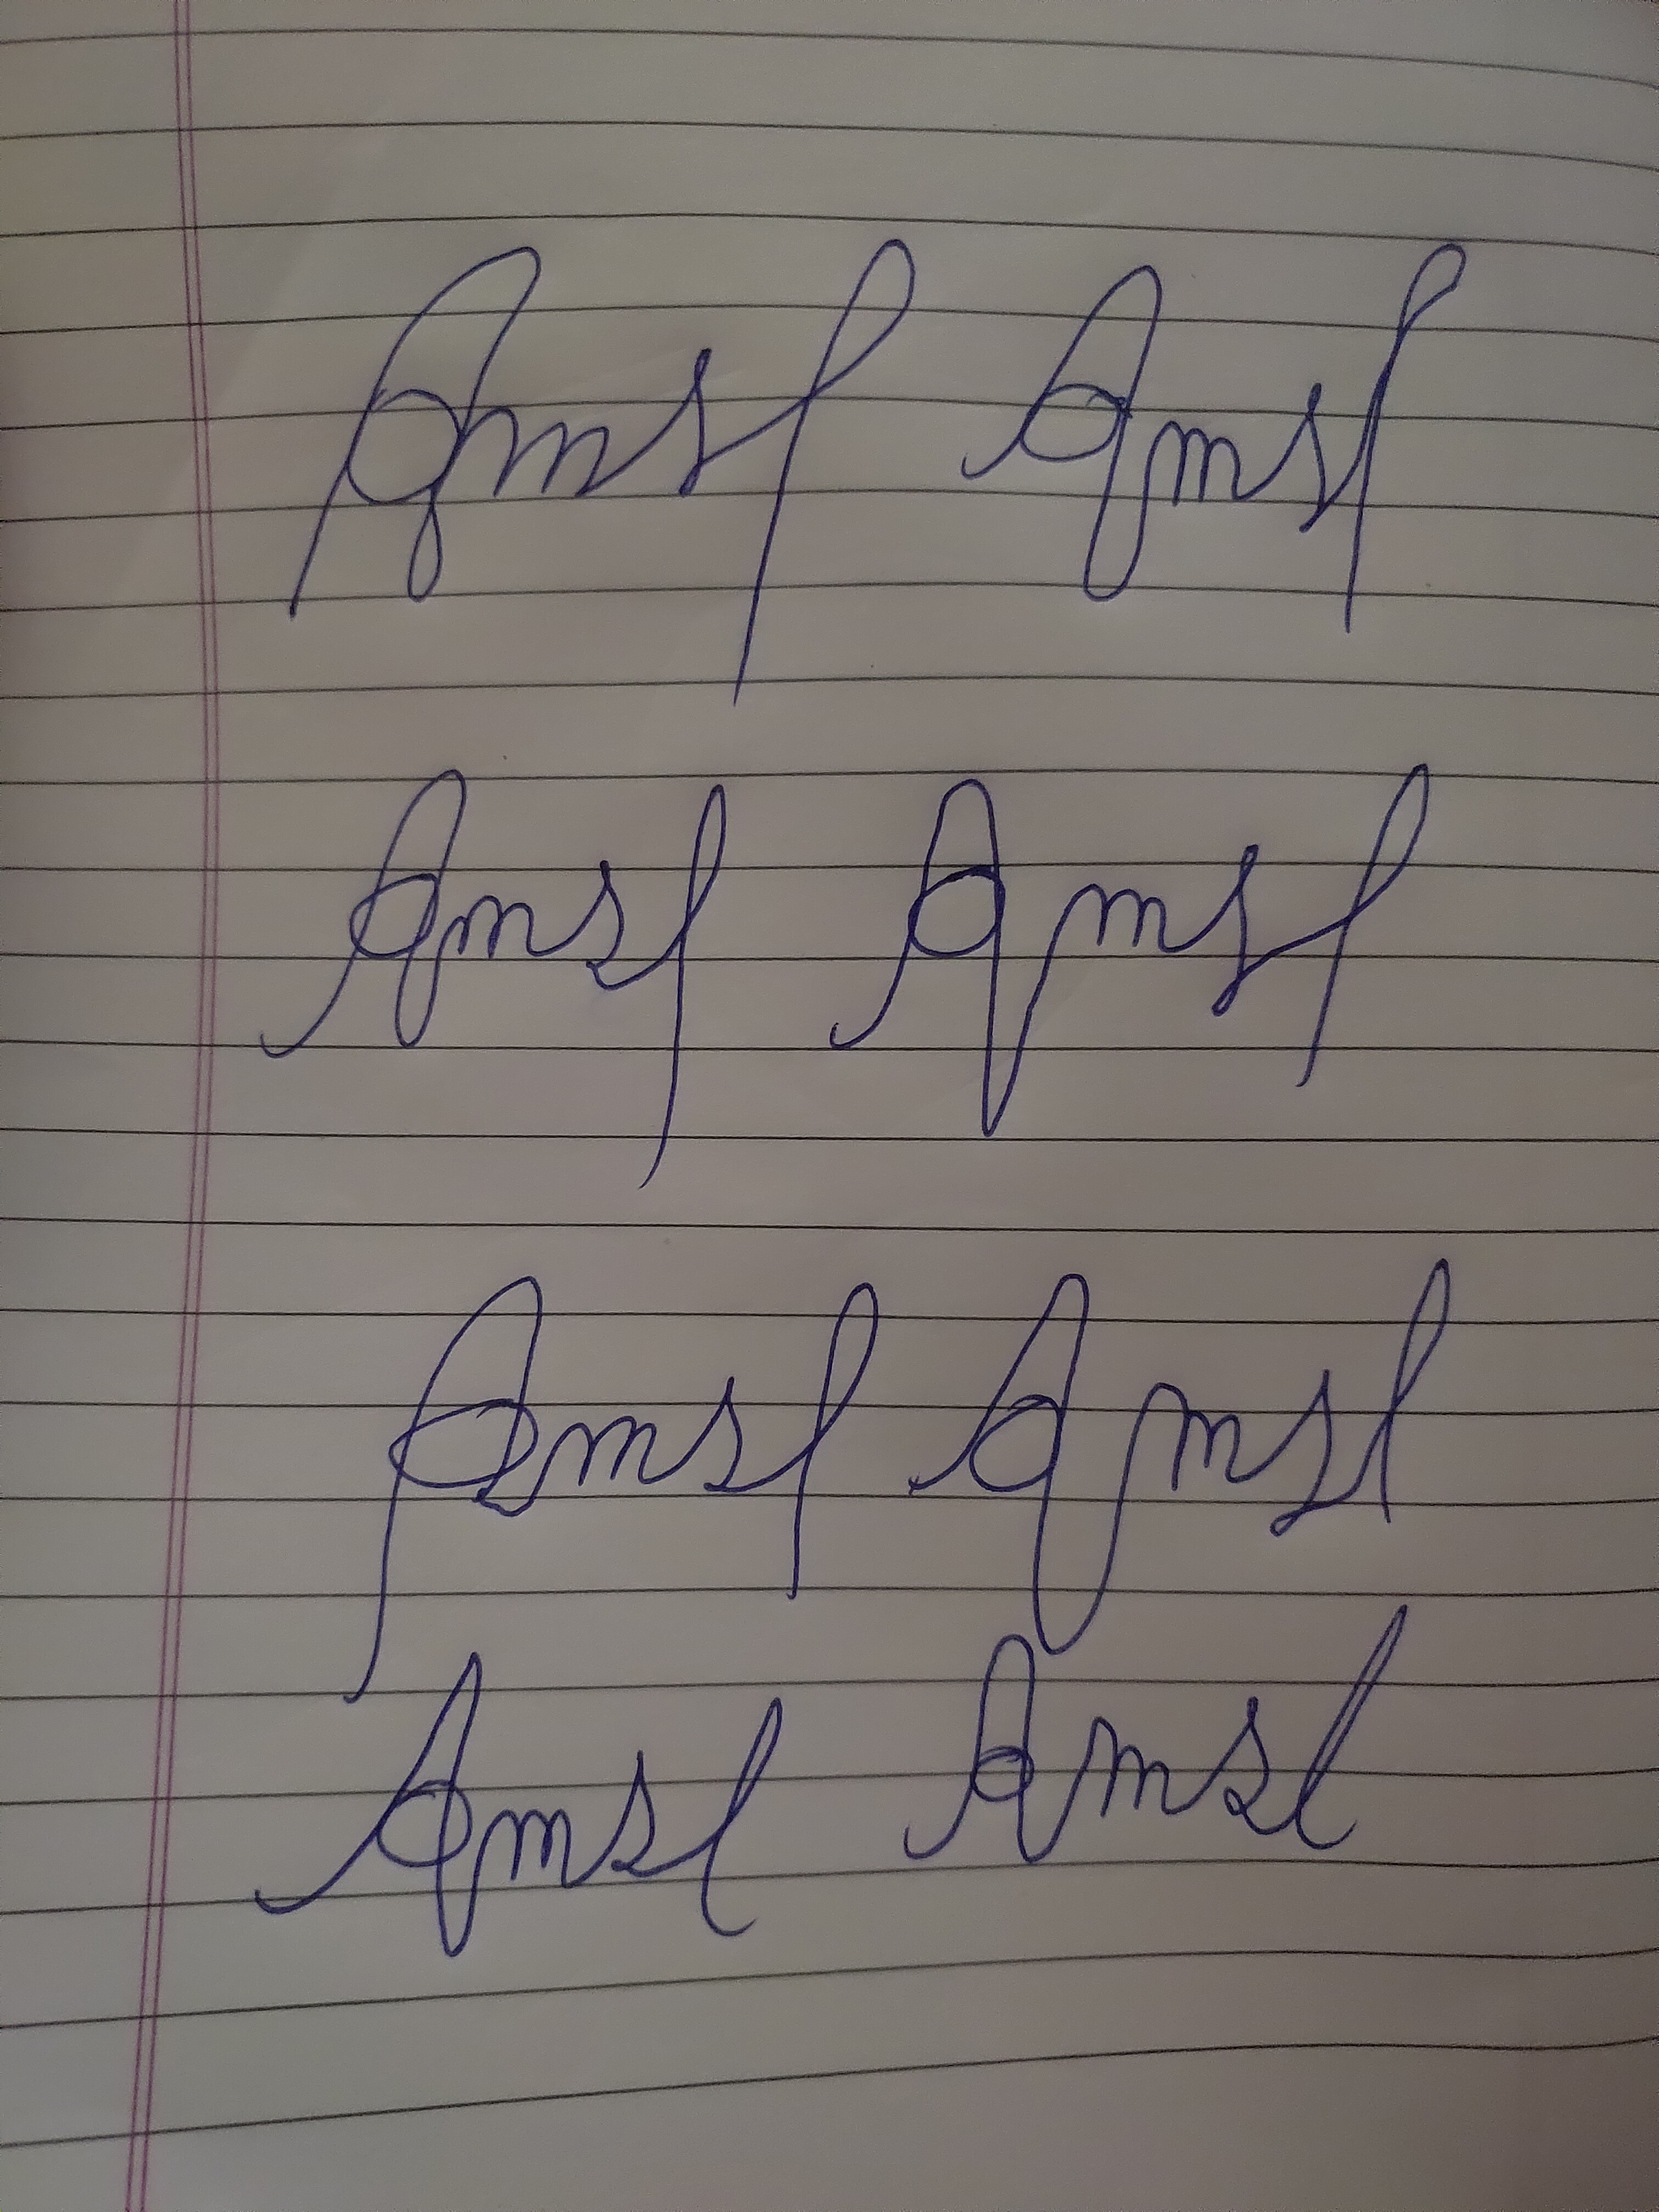
Signature authenticity: forged